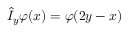
\hat { I } _ { y } \varphi ( x ) = \varphi ( 2 y - x )